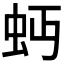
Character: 𧉄